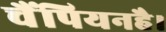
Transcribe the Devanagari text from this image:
चैंपियनहै।